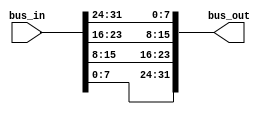
// SPDX-FileCopyrightText: SIMPLE-Crypto Contributors <info@simple-crypto.dev>
// SPDX-License-Identifier: CERN-OHL-P-2.0
// Copyright SIMPLE-Crypto Contributors.
// This source describes Open Hardware and is licensed under the CERN-OHL-P v2.
// You may redistribute and modify this source and make products using it under
// the terms of the CERN-OHL-P v2 (https://ohwr.org/cern_ohl_p_v2.txt).
// This source is distributed WITHOUT ANY EXPRESS OR IMPLIED WARRANTY, INCLUDING
// OF MERCHANTABILITY, SATISFACTORY QUALITY AND FITNESS FOR A PARTICULAR PURPOSE.
// Please see the CERN-OHL-P v2 for applicable conditions.

module endian_reverse
#
(
    // Bus size
    parameter BSIZE=32,
    // Size of the word on which to apply the 
    // transformation
    parameter WIDTH=8
    // 
)
(
    input [BSIZE-1:0] bus_in,
    output [BSIZE-1:0] bus_out
);

localparam DIV=BSIZE/WIDTH;
genvar w;

generate
for(w=0;w<DIV;w=w+1) begin: word_move
    assign bus_out[w*WIDTH +: WIDTH] = bus_in[(DIV-1-w)*WIDTH +: WIDTH];
end
endgenerate

endmodule